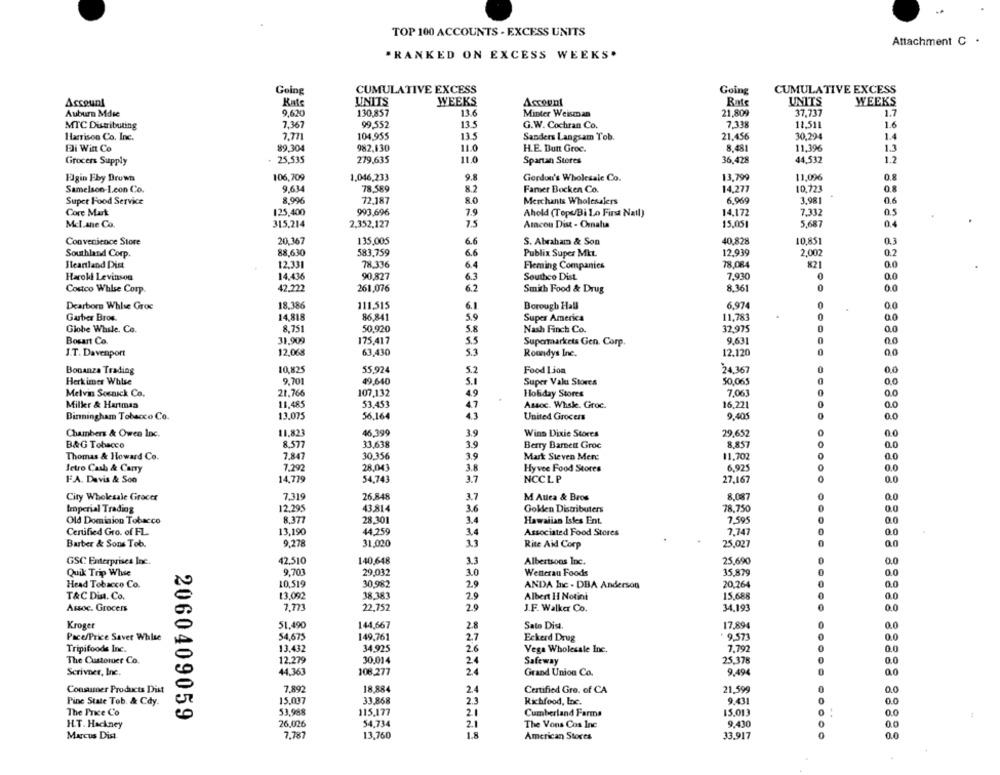
TOP 100 ACCOUNTS - EXCESS UNITS
Attachment C .
"RANKED ON EXCESS WEEKS.
Going
CUMULATIVE EXCESS
Going
CUMULATIVE EXCESS
Account
Kate
UNITS
WEEKS
Bats
UNITS
WEEKS
Auburn Mdse
9.630
130,857
136
Minter Weisman
21,809
37,737
1.7
MTC Distributing
7,367
99,552
13.5
G.W. Cochran Co.
7.338
11,511
1.6
Harrison Co. Inc.
7.771
104.955
13.5
Sanders Langsam Tob.
21.456
30,294
1.4
Eli Wint Co
89.30
982,130
11.0
8.481
11,396
1.1
H.E. Butt Groc.
Grocers Supply
25,535
279,635
11.0
Spartan Stores
36,428
44,532
1.2
Elgin Fby Brown
106,709
1.046,233
9.8
Gordon's Wholesale Co.
13,799
11,096
0.8
Samelson-I.con Co.
9.634
78,589
8.2
Famer Bocken Co.
14,277
10.723
0.8
Supet Food Service
8,996
72.187
Merchants Wholesalers
6.969
3.981
0.6
Core Mark
125,400
993,696
7.9
Ahold (Topo/Bi Lo First Nail)
14.172
7,332
0.5
Mcl.ane Co.
315,214
2,352,127
7.5
Amacon Dist - Omaha
15,051
5,687
0.4
20.367
135,005
S. Abraham & Son
40.828
10.851
0.3
Convenience Store
6.6
Southland Corp.
88,630
583,759
6.6
Publix Super Mkt
12.939
2,002
0.2
12.331
78.336
6.4
78,084
Ileanland Dis
Fleming Companies
821
Harokl Levinson
14,436
90,827
6.3
Southo Dist
7,930
0
0.0
42.222
261,076
6.2
8,361
0
0.0
Costco Whlse Corp.
Smith Food & Drug
Dearborn Whise Groc
18.386
111.515
6.1
Borough Hall
6,974
0
0.0
Garber Bros.
14,818
86,841
5.9
Super America
11,783
0
0.0
Globe While. Co.
8.751
50,920
5.8
Nash Finch Co.
32,975
0.0
Bosart Co.
31.909
175,417
5.5
Supermarkets Gen. Corp.
9.631
0
0.0
J.T. Davenport
12.068
63,430
5.3
Roundys Inc.
12.120
0
0.0
Bonanza Trading
10,825
55,924
5.2
Food I joa
24.367
0
0.0
Herkimer Whise
9.701
49,640
5.1
Super Vak: Stores
50,065
0
0.0
Melvin Socnick Co.
21.766
107,132
4.9
Holiday Stores
7.06
11.485
53,453
Assoc. Whske. Groc.
16,221
0
0.0
Milkr & Hurtmaa
4.7
Birmingham Tobacco Co.
13.075
56,164
4.3
United Grocers
9.405
0
0.0
Chambers & Owen Inc.
11.823
46,399
3.9
Wins Dixie Stores
29,652
00
8.577
33,638
8.857
0
B&G Tobacco
3.9
Berry Barnett Groc
0.0
Thomas & Howard Co.
7.847
30,356
3.9
Mark Steven Mere
11.702
0.0
letro Cash & Carry
7.292
28,043
3.8
Hyvee Food Stores
6.925
0.0
FA. Davis & Sco
14,779
54,743
3.7
NCCLP
27,167
0.0
City Wholesale Gracet
7.319
26.848
M Aulea & Bros
8.087
3.7
0.0
Imperial Trading
12,295
43.814
3.6
Goklen Distributers
78.750
0.0
Old Dominion Tobacco
8.377
28,301
34
7,595
0.0
Hawaiian Isles Ent.
Certified Gro. of FL
13,190
44,259
3.4
Associated Food Stores
7,747
0.0
Barber & Sons Tob.
9,278
25,027
0.0
31,020
Rite Aid Corp
42.510
3.3
GSC Enterprises Inc.
140,648
Albertsons Inc.
25.690
0.0
Quik Trip Whse
9,701
29,032
3.0
Wetterau Foods
35,879
0.0
10,519
Head Tobacco Co.
30.982
2,9
ANDA Inc - DBA Anderson
20.264
0.0
T&C Din. Co.
13,092
38,383
2.5
Albert H Notint
15,688
Q.
Assoc. Grocers
7,773
22,752
2.9
J.F. Walker Co.
34,191
0.0
Kroger
51,490
144,667
2.8
Sato Dist.
17,894
0.0
54,675
149,761
2.7
9.571
Pace/Price Saver White
Eckerd Drug
0.0
Tripifoods Inc.
13.432
34.925
2.6
Vega Wholesale Inc.
7.792
0.0
The Customer Co.
12.279
30.014
24
25,378
0.0
Safeway
Scrivner, Inc.
44,363
108.277
2.4
Grand Union Co.
9.494
0.0
Consumer Products Dist
7.892
18.884
2.4
Certified Gre. of CA
21.599
0.0
Pine State Tob. & Cdy.
15.007
33,868
2.3
Richfood, Inc.
9.431
0.0
The Price Co
53,988
115,177
2.1
Cumberland Farma
15.01
0.0
2060409059
H.T. Hackney
26.026
54,734
2.1
The Vons Cos Inc
9.430
00
Marcus Dist.
7,787
13,760
1.8
American Stores
33.917
0.0